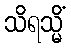
သိရသ္မိံ